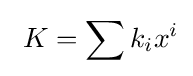
\ K=\sum k_{i}x^{i}